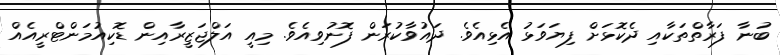
ބުނާ ފަރާތްތަކާއި ދެކޮޅަށް ފިޔަވަޅު އެޅިއެވެ. ދައުވާކުރަން ފޮނުވިއެވެ. މިއީ އަލްޖަޒީރާއިން ޑޮކިއުމަންޓްރީއެއް